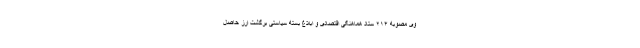
وی‌ مصوبه ۲۱۴ ستاد هماهنگی اقتصادی و ابلاغ بسته سیاستی برگشت ارز حاصل